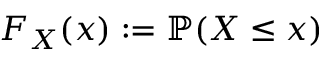
F _ { X } ( x ) : = \mathbb { P } ( X \le x )